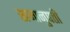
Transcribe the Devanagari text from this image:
समानुपती